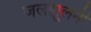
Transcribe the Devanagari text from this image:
जलझूलनी